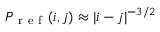
P _ { \mathrm { ~ r ~ e ~ f ~ } } ( i , j ) \approx | i - j | ^ { - 3 / 2 }